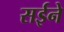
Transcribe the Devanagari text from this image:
सईने